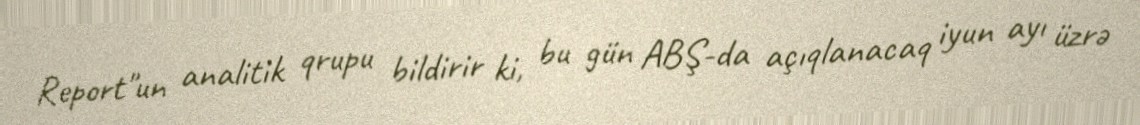
Report"un analitik qrupu bildirir ki, bu gün ABŞ-da açıqlanacaq iyun ayı üzrə